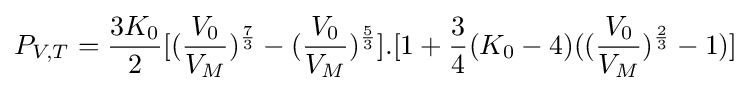
P_{V,T}={\frac {3K_{0}}{2}}[({\frac {V_{0}}{V_{M}}})^{\frac {7}{3}}-({\frac {V_{0}}{V_{M}}})^{\frac {5}{3}}].[1+{\frac {3}{4}}(K_{0}-4)(({\frac {V_{0}}{V_{M}}})^{\frac {2}{3}}-1)]